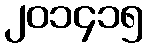
၂၀၁၄၁၅